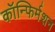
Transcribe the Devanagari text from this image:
कॉन्फिर्मशन